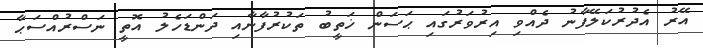
އޭރު އެދުރުކަލޭފާނު ދެއްވި އިރުވަރުގައި ޙަސަން ޚަތީބު ތަކުރުފާނާއި ދަންޑަހެލު އޮތީ ނަސްރުއްސަޙާ